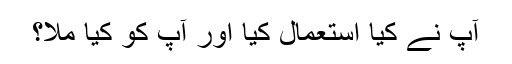
آپ نے کیا استعمال کیا اور آپ کو کیا ملا؟